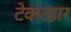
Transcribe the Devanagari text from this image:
टेकरडार